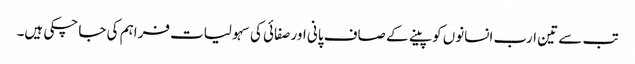
تب سے تین ارب انسانوں کو پینے کے صاف پانی اور صفائی کی سہولیات فراہم کی جا چکی ہیں۔